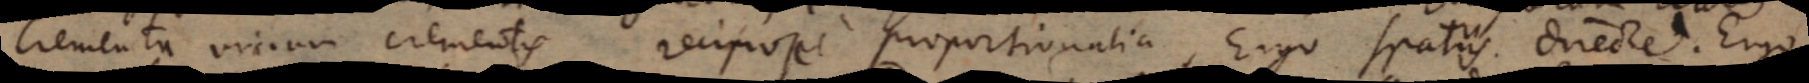
crementa virium crementis reciproce proportionalia. Ergo spatiis directe. Ergo